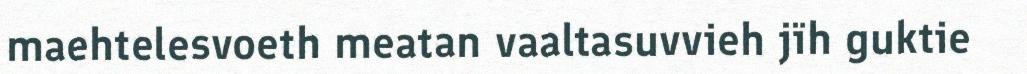
maehtelesvoeth meatan vaaltasuvvieh jïh guktie